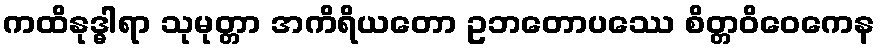
ကထိနုဒ္ဓါရာ သုမုတ္တာ အကိရိယတော ဥဘတောပဿေ စိတ္တဝိဝေကေန